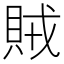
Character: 賊